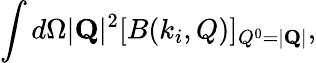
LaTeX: \int d\Omega|{\mathbf Q}|^{2}[B(k_{i},Q)]_{Q^{0}=|{\mathbf Q}|},